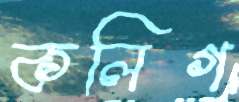
কলিগ